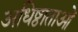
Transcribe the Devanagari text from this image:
अधिष्ठाताओं